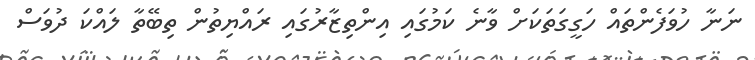
ނަނާ ހުވަފެންތައް ހަގީގަތަކަށް ވާނެ ކަމުގައި އިންތިޒާރުގައި ރައްޔިތުން ތިބޭތާ ލައްކަ ދުވަސް